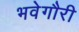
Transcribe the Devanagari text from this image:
भवेगौरी